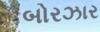
બોરઝાર